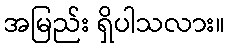
အမြည်း ရှိပါသလား။